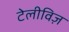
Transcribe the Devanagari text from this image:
टेलीविज़